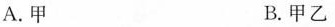
A.甲 B.甲乙